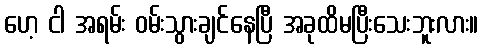
ဟေ့ ငါ အရမ်း ဝမ်းသွားချင်နေပြီ အခုထိမပြီးသေးဘူးလား။